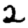
Digit: 2